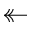
\twoheadleftarrow